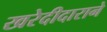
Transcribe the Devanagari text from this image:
खरेदीदाराने